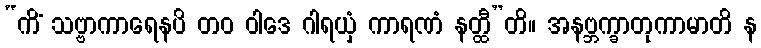
“ကိံ သဗ္ဗာကာရေနပိ တဝ ဝါဒေ ဂါရယှံ ကာရဏံ နတ္ထီ”တိ။ အနဗ္ဘက္ခာတုကာမာတိ န